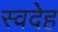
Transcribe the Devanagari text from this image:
स्वदेह